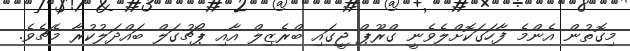
މިގޮތުން އެންމެ ފާހަގަކޮށްލެވެނީ ގްރޫޕް ޖީގައި ބްރެޒިލް އާއި ޕޯޗުގަލް ބައްދަލުކުރާ މެޗެވެ.